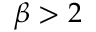
\beta > 2